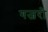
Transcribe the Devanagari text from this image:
गजरो